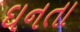
ઘનતા